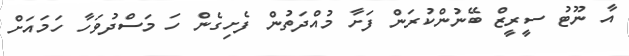
އާ ނޫޓު ސީރީޒް ބޭނުންކުރަން ފަށާ މުއްދަތުން ފެށިގެން ހަ މަސްދުވަހާ ހަމައަށް